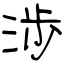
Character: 渉